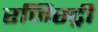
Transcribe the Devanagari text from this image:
रजिस्‍ट्री